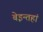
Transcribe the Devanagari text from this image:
बेइन्तहां